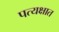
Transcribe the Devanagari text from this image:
पत्यक्षात